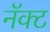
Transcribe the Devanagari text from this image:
नॅक्ट